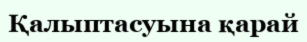
Қалыптасуына қарай